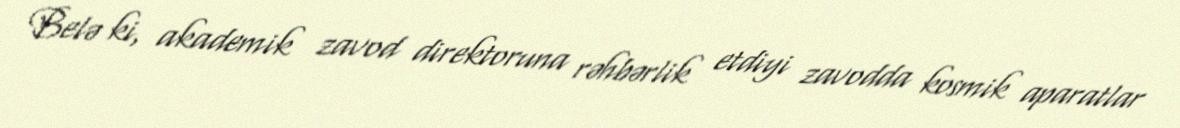
Belə ki, akademik zavod direktoruna rəhbərlik etdiyi zavodda kosmik aparatlar